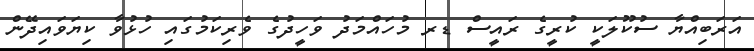
އަރަބިއްޔާ ސުކޫލަކީ ކުރީގެ ރައީސް ޑރ މުހައްމަދު ވަހީދުގެ ވެރިކަމުގައި ހުޅުވާ ކިޔަވައިދޭން